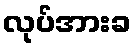
လုပ်အားခ